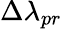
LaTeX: \Delta\lambda_{pr}